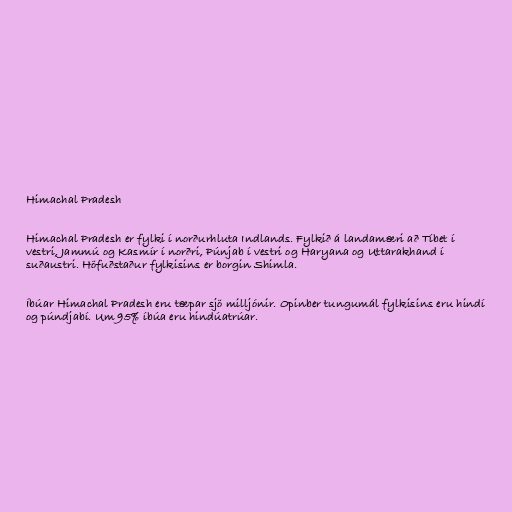
Himachal Pradesh

Himachal Pradesh er fylki í norðurhluta Indlands. Fylkið á landamæri að Tíbet í
vestri, Jammú og Kasmír í norðri, Púnjab í vestri og Haryana og Uttarakhand í
suðaustri. Höfuðstaður fylkisins er borgin Shimla.

Íbúar Himachal Pradesh eru tæpar sjö milljónir. Opinber tungumál fylkisins eru hindí
og púndjabí. Um 95% íbúa eru hindúatrúar.